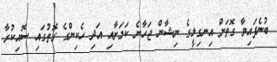
ބުނެފައިވާ ގޮތަށް އިނގިލީގެ ނިޝާން ޖަހާނެ ކަމަށާއި އަދި ހެކިންގެ ގޮތުގައި ސޮއިކުރާ